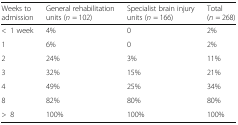
<table><thead><tr><td><b>Weeks to admission</b></td><td><b>General rehabilitation units (<i>n</i> = 102)</b></td><td><b>Specialist brain injury units (<i>n</i> = 166)</b></td><td><b>Total (<i>n</i> = 268)</b></td></tr></thead><tbody><tr><td>&lt;1 week</td><td>4%</td><td>0</td><td>2%</td></tr><tr><td>1</td><td>6%</td><td>0</td><td>2%</td></tr><tr><td>2</td><td>24%</td><td>3%</td><td>11%</td></tr><tr><td>3</td><td>32%</td><td>15%</td><td>21%</td></tr><tr><td>4</td><td>49%</td><td>25%</td><td>34%</td></tr><tr><td>8</td><td>82%</td><td>80%</td><td>80%</td></tr><tr><td>&gt;8</td><td>100%</td><td>100%</td><td>100%</td></tr></tbody></table>